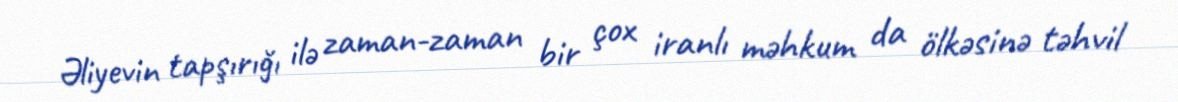
Əliyevin tapşırığı ilə zaman-zaman bir çox iranlı məhkum da ölkəsinə təhvil